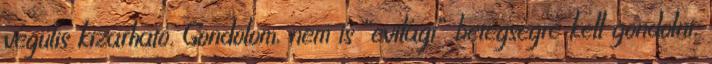
végülis kizárható. Gondolom, nem is “evilági” betegségre kell gondolni,